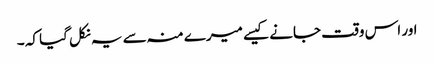
اور اس وقت جانے کیسے میرے منہ سے یہ نکل گیا کہ ۔